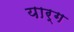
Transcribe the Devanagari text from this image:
यार्ग